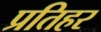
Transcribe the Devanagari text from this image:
प्रतिहर